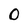
Character: 0